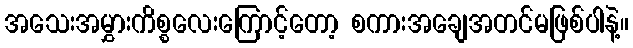
အသေးအမွှားကိစ္စလေးကြောင့်တော့ စကားအချေအတင်မဖြစ်ပါနဲ့။